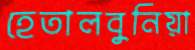
হেতালবুনিয়া